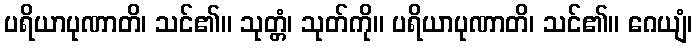
ပရိယာပုဏာတိ၊ သင်၏။ သုတ္တံ၊ သုတ်ကို။ ပရိယာပုဏာတိ၊ သင်၏။ ဂေယျံ၊